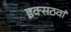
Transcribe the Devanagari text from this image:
इक्सठवां